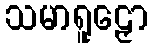
သမာရူဠှော